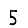
Digit: 5